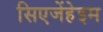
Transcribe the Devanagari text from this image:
सिएजेंहेइम